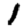
Digit: 1